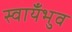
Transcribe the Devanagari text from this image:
स्वायँभुव